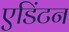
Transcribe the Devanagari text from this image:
एडिंटन